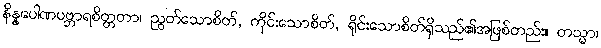
နိန္နပေါဏပဗ္ဘာရစိတ္တတာ၊ ညွတ်သောစိတ်, ကိုင်းသောစိတ်, ရိုင်းသောစိတ်ရှိသည်၏အဖြစ်တည်း။ တသ္မာ၊